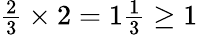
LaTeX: \begin{array}{l}{{\frac{2}{3}}\times 2=1{\frac{1}{3}}\geq 1}\end{array}